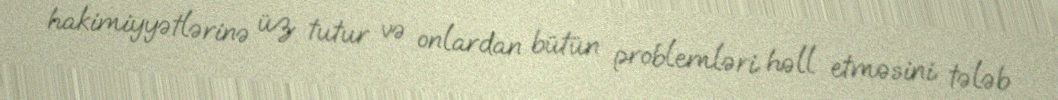
hakimiyyətlərinə üz tutur və onlardan bütün problemləri həll etməsini tələb